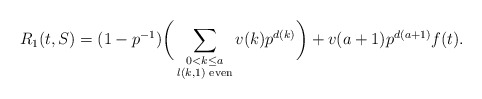
\begin{align*}R_1(t,S) = (1 - p^{-1})\bigg(\sum_{\substack{0 < k \leq a \\ l(k,1) \textrm{ even}}}v(k) p^{d(k)}\bigg) + v(a+1)p^{d(a+1)}f(t).\end{align*}